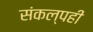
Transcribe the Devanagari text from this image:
संकल्पही